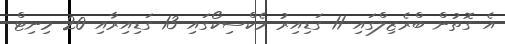
އެ ގޮތުން ބްރެޒިލްގައި 11 ގަޑިއިރު މެކްސިކޯގައި 13 ގަޑިއިރާއި 20 މިނިޓް